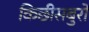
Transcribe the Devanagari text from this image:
किछीसबुरो